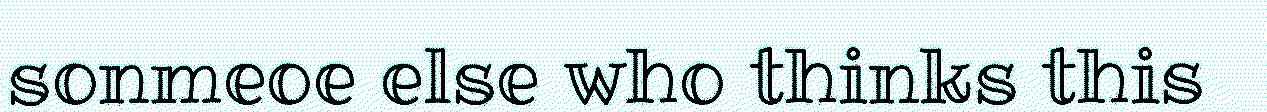
sonmeoe else who thinks this